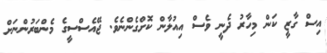
އިސް ގާޒީ ކަން މިހާރު ދެނީ ވެސް އިއުލާން ކޮށްގެންނެވެ. ޖޭއެސްސީގެ މެންބަރުންނަށް